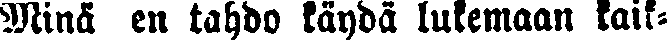
Minä en tahdo käydä lukemaan kaik-